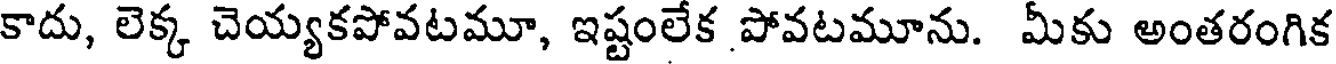
కాదు, లెక్క చెయ్యకపోవటమూ, ఇష్టంలేక పోవటమూను. మీకు అంతరంగిక